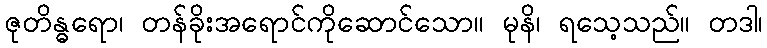
ဇုတိန္ဓရော၊ တန်ခိုးအရောင်ကိုဆောင်သော။ မုနိ၊ ရသေ့သည်။ တဒါ၊